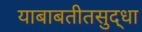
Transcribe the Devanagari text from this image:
याबाबतीतसुद्‌धा